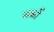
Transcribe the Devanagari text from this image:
जार्को